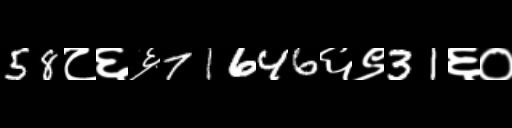
Text: 58८६६71646६९31६०